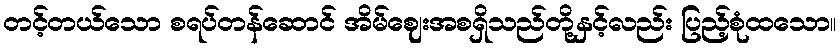
တင့်တယ်သော စရပ်တန်ဆောင် အိမ်ဈေးအစရှိသည်တို့နှင့်လည်း ပြည့်စုံထသော။